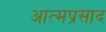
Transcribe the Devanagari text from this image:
आत्मप्रसाद